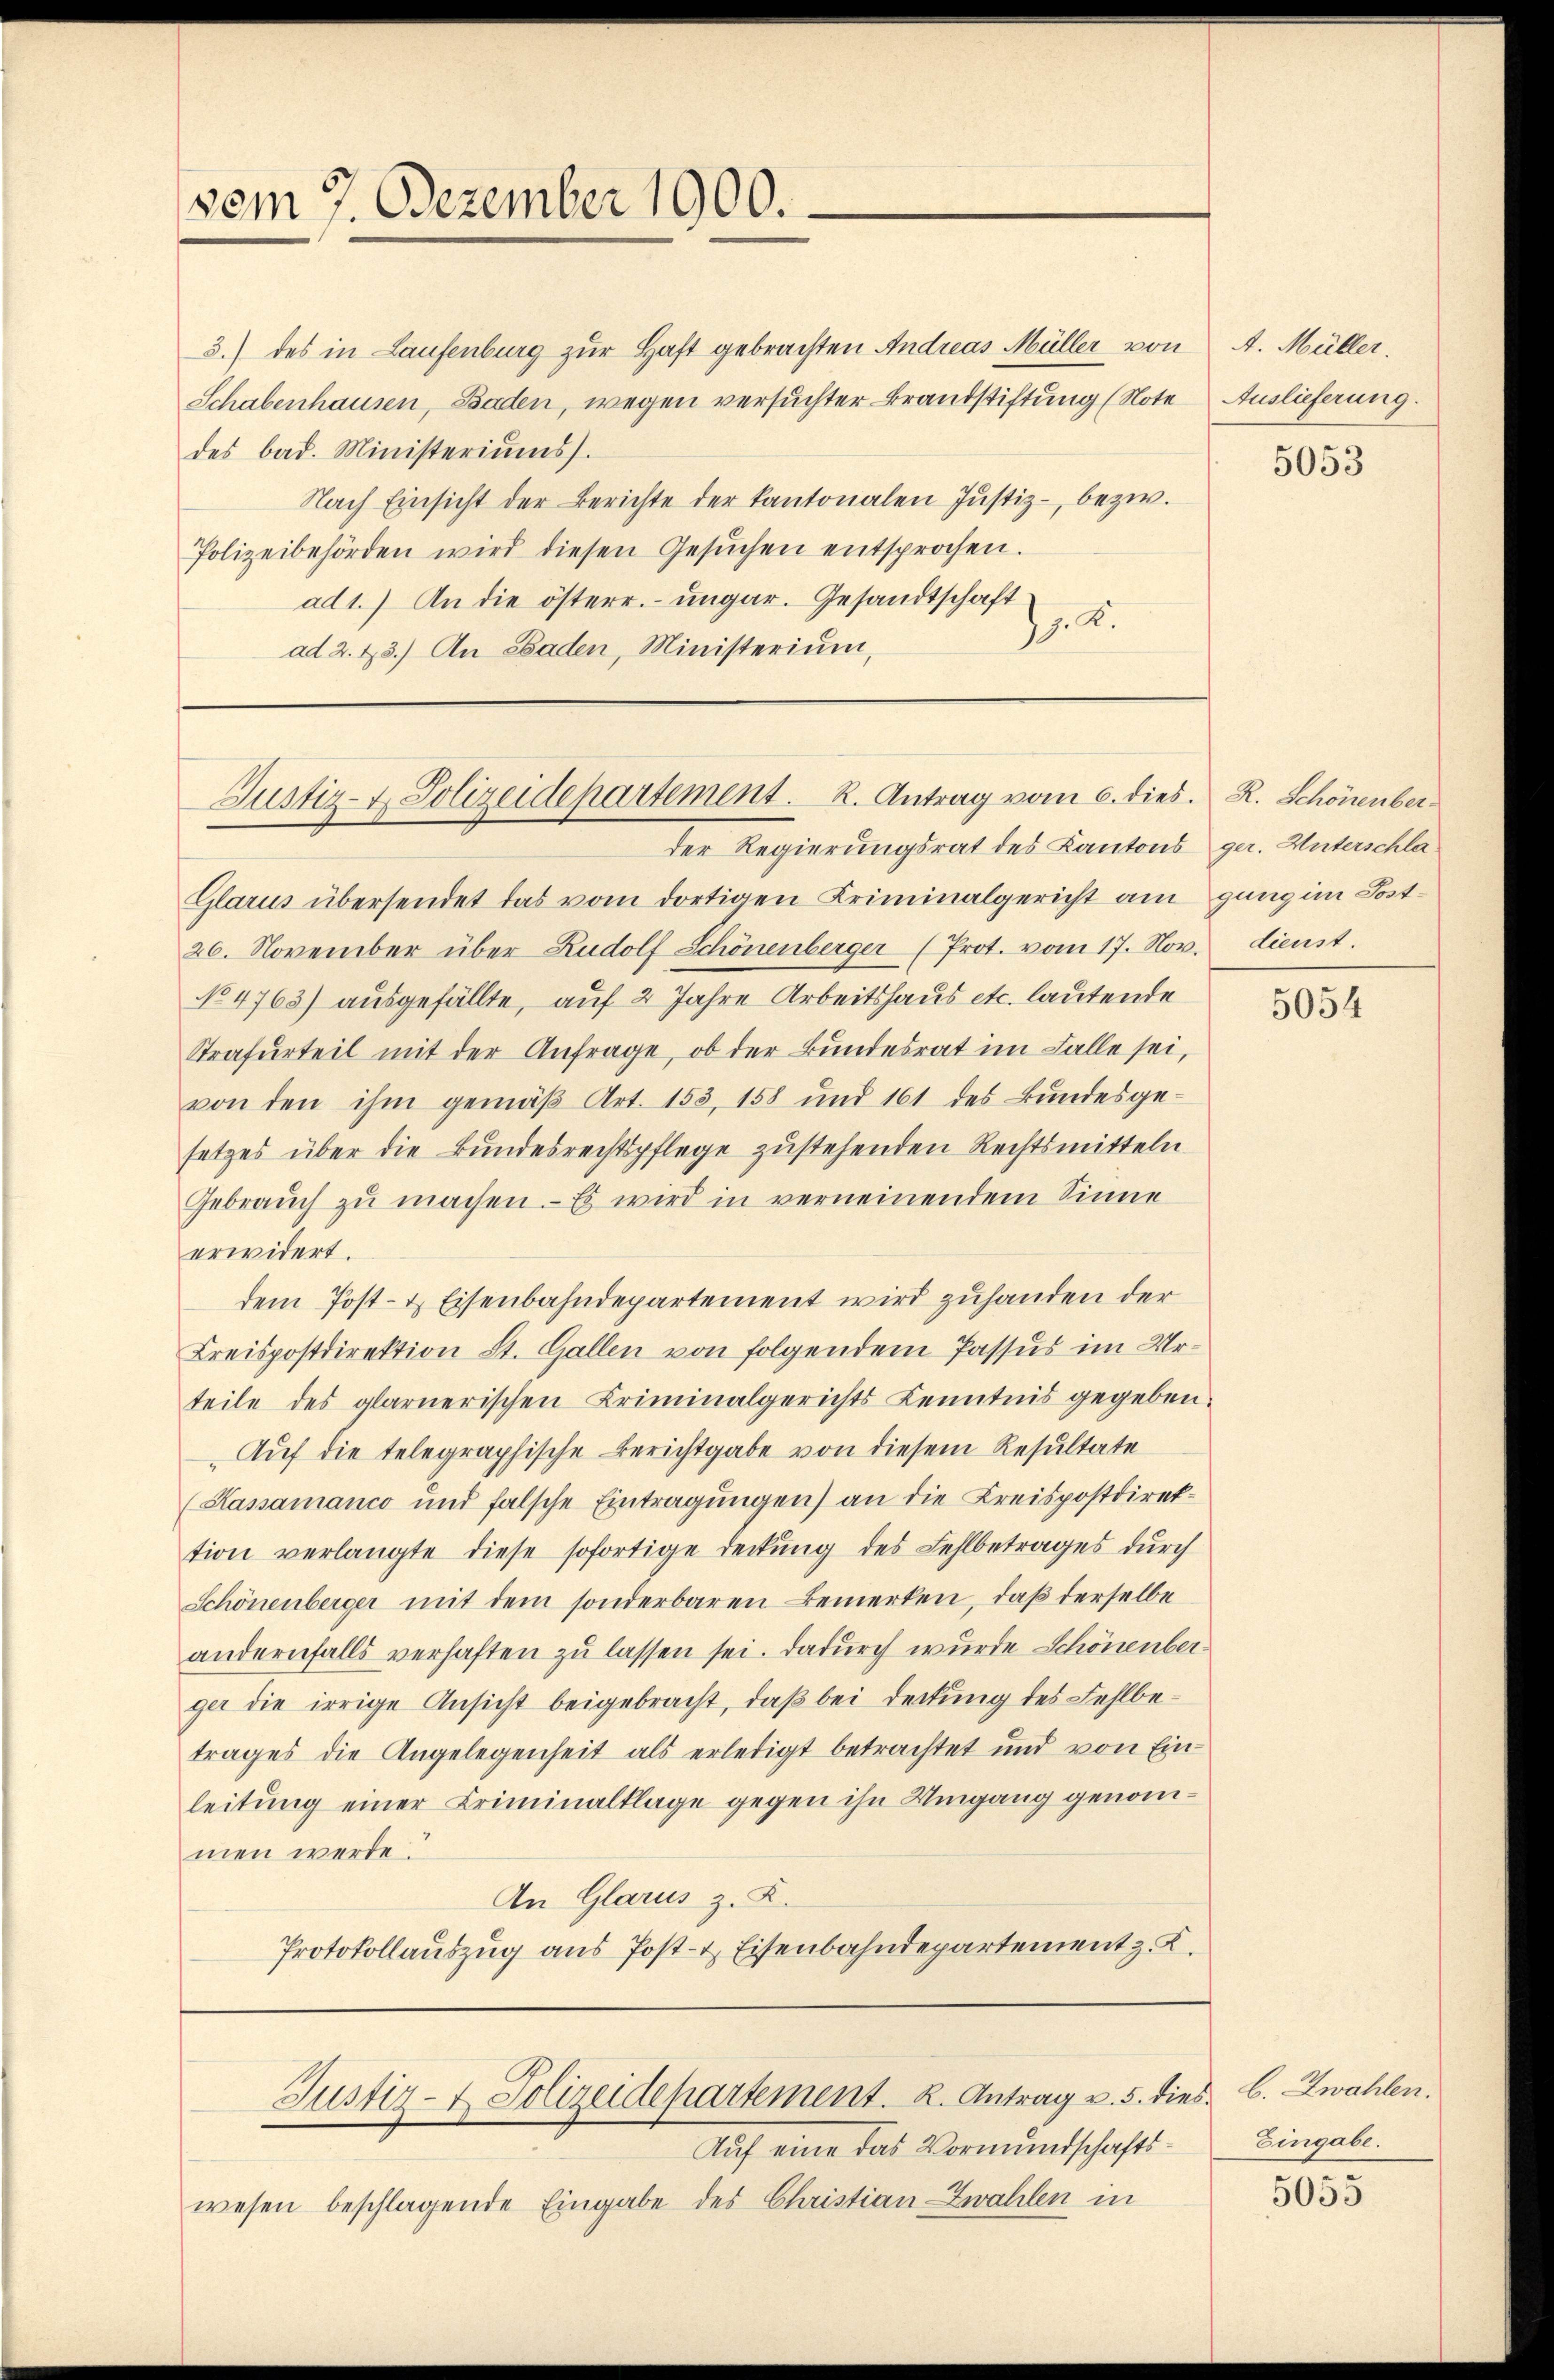
vom 7. Dezember 1900.

3.) des in Laufenburg zur Haft gebrachten Andreas Müller von
Schabenhausen, Baden, wegen versuchter Brandstiftung (Note
des bad. Ministeriums.
Nach Einsicht der Berichte der Kantonalen Justiz- bezw.
Polizeibehörden wird diesen Gesŭchen entsprochen.
ad 1.) An die österr. ungar. Gesandtschaft
J. K.
ad 2. 43.) An Laden, Ministerium,

Justiz- & Polizeidepartement. K. Antrag vom 6. dies. R. Schönenber¬
Der Regierungsrat des Kantons ger. Unterschla¬

Glarus übersendet das vom dortigen Kriminalgericht am ganz im Post¬
26. November über Rudolf Schönenberger (Prot. vom 17. Nov. dienst.
No 4763) ausgefällte, auf 2 Jahre Arbeitshaus etc. lautende
Strafurteil mit der Anfrage, ob der Bundesrat im Falle sei,
von den ihm gemäβ Art. 153, 158 und 161 des Bŭndesge-
setzes über die Bundesrechtspflege zustehenden Rechtsmitteln
Gebraŭch zŭ machen. Es wird in verneinendem Sinne
erwidert.
dem Post- & Eisenbahndepartement wird zuhanden der
Kreispostdirektion St. Gallen von folgendem Passus im Urteile des glarnerischen Kriminalgerichts Kenntnis gegeben.
Auf die telegraphische Berichtgabe von diesem Resultate
(Kassamanco und falsche Eintragŭngen) an die Kreispostdirek-
tion verlangte diese sofortige Deckung des Fehlbetrages durch
Schönenberger mit dem sonderbaren Bemerken, daβ derselbe
andernfalls verhaften zu lassen sei. Dadurch wurde Schönenberger die irrige Ansicht beigebracht, daß bei Deckung des Fehlbetrages die Angelegenheit als erledigt betrachtet und von Ein-
leitung einer Criminalklage gegen ihn Umgang genommen werde.
An Glarus z. K.
Protokollauszug aus Post- & Eisenbahndepartement z. K.

Justiz- & Polizeidepartement. K. Antrag v. 5. dies C. Zwahlen.

Auf eine das Vormundschaftswesen beschlagende Eingabe des Christian Zwahlen in

A. Müller.
Auslieferung.

5053

5054

Eingabe.

5055